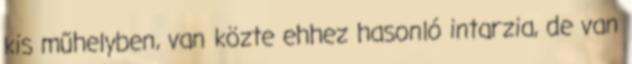
kis műhelyben, van közte ehhez hasonló intarzia, de van